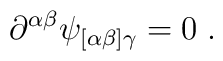
\partial^{\alpha\beta}\psi_{[\alpha\beta]\gamma} = 0\;.